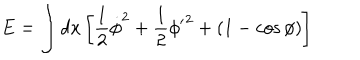
LaTeX: E = \int d x \left[ \frac { 1 } { 2 } \dot { \phi } ^ { 2 } + \frac { 1 } { 2 } { \phi ^ { \prime } } ^ { 2 } + ( 1 - \cos \phi ) \right]